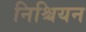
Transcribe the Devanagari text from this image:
निश्चियन